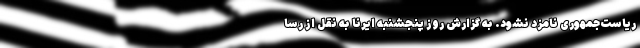
ریاست‌جمهوری نامزد نشود. به گزارش روز پنجشنبه ایرنا به نقل از رسا